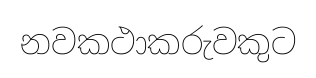
නවකථාකරුවකුට